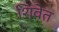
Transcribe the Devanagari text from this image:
शिवेत